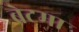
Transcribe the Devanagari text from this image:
बेटमा